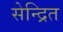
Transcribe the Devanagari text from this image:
सेन्द्रित